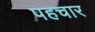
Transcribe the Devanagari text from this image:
पहचार